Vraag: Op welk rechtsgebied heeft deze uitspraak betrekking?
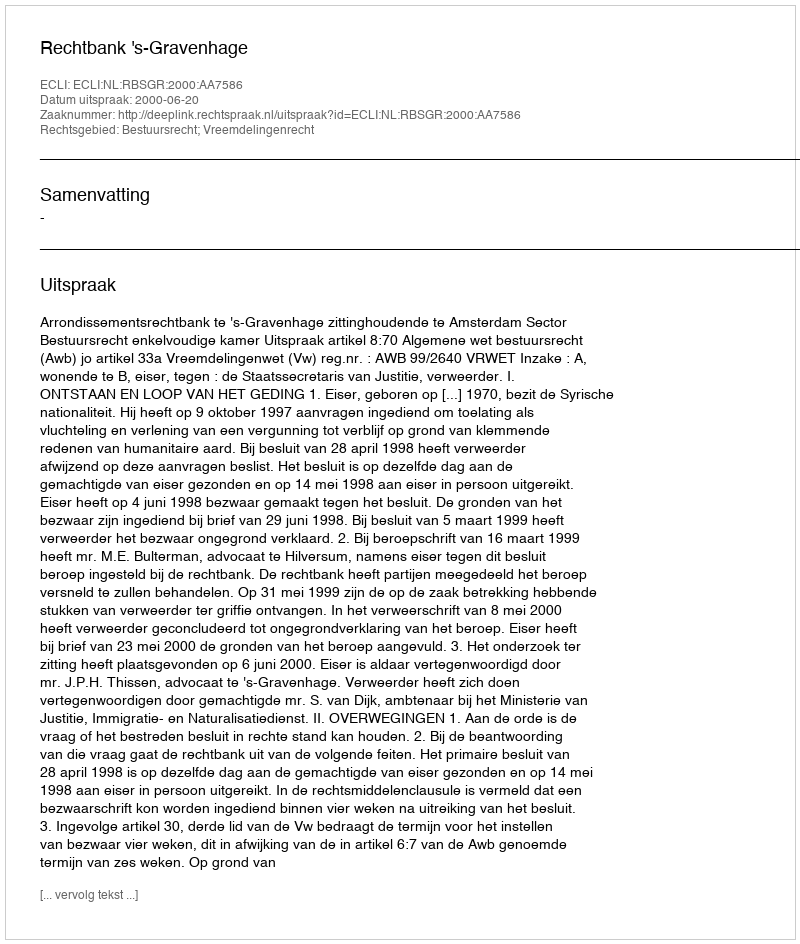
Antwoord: Bestuursrecht; Vreemdelingenrecht